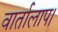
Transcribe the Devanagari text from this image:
वार्तालाप।